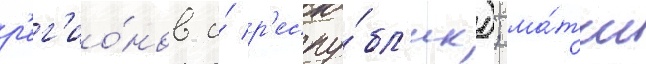
р'ег'ио́нов и́ р'еспу́бл'ик); ма́тчи